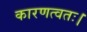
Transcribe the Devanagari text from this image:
कारणत्वतः।